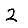
Digit: 2